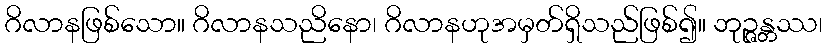
ဂိလာနဖြစ်သော။ ဂိလာနသညိနော၊ ဂိလာနဟုအမှတ်ရှိသည်ဖြစ်၍။ ဘုဉ္ဇန္တဿ၊